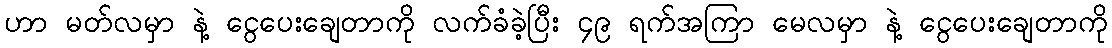
ဟာ မတ်လမှာ နဲ့ ငွေပေးချေတာကို လက်ခံခဲ့ပြီး ၄၉ ရက်အကြာ မေလမှာ နဲ့ ငွေပေးချေတာကို